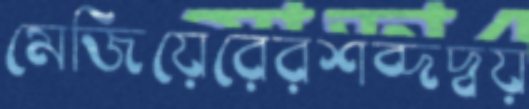
মেজিয়েরেরশব্দদ্বয়